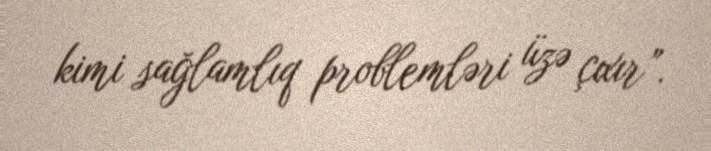
kimi sağlamlıq problemləri üzə çıxır”.